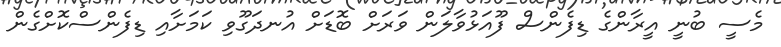
މެސީ ބުނީ އީރާންގެ ޑިފެންސް ފޫއަޅުވާލަން ވަރަށް ބޮޑަށް އުނދަގޫވި ކަމަށާއި ޑިފެންސްކޮށްގެން